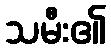
သမီး၏